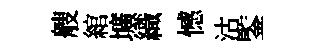
艘綰壙織憾沽鍳